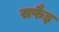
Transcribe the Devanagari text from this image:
सफैइ